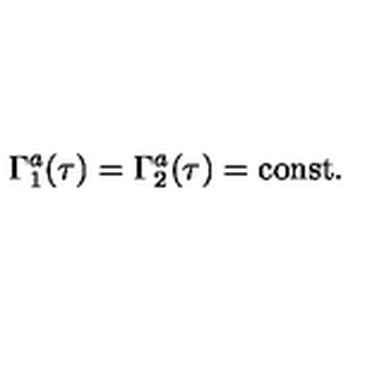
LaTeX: \Gamma _ { 1 } ^ { a } ( \tau ) = \Gamma _ { 2 } ^ { a } ( \tau ) = \mathrm { c o n s t } .